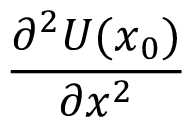
\frac { \partial ^ { 2 } U ( \ensuremath { \boldsymbol { { x } } } _ { 0 } ) } { \partial \ensuremath { \boldsymbol { { x } } } ^ { 2 } }